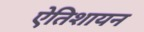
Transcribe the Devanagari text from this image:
एेतिशायन